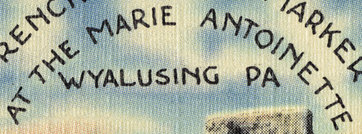
AT THE MARIE ANTIONETTE